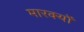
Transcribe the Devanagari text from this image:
मारक्यों